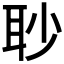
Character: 𦕈